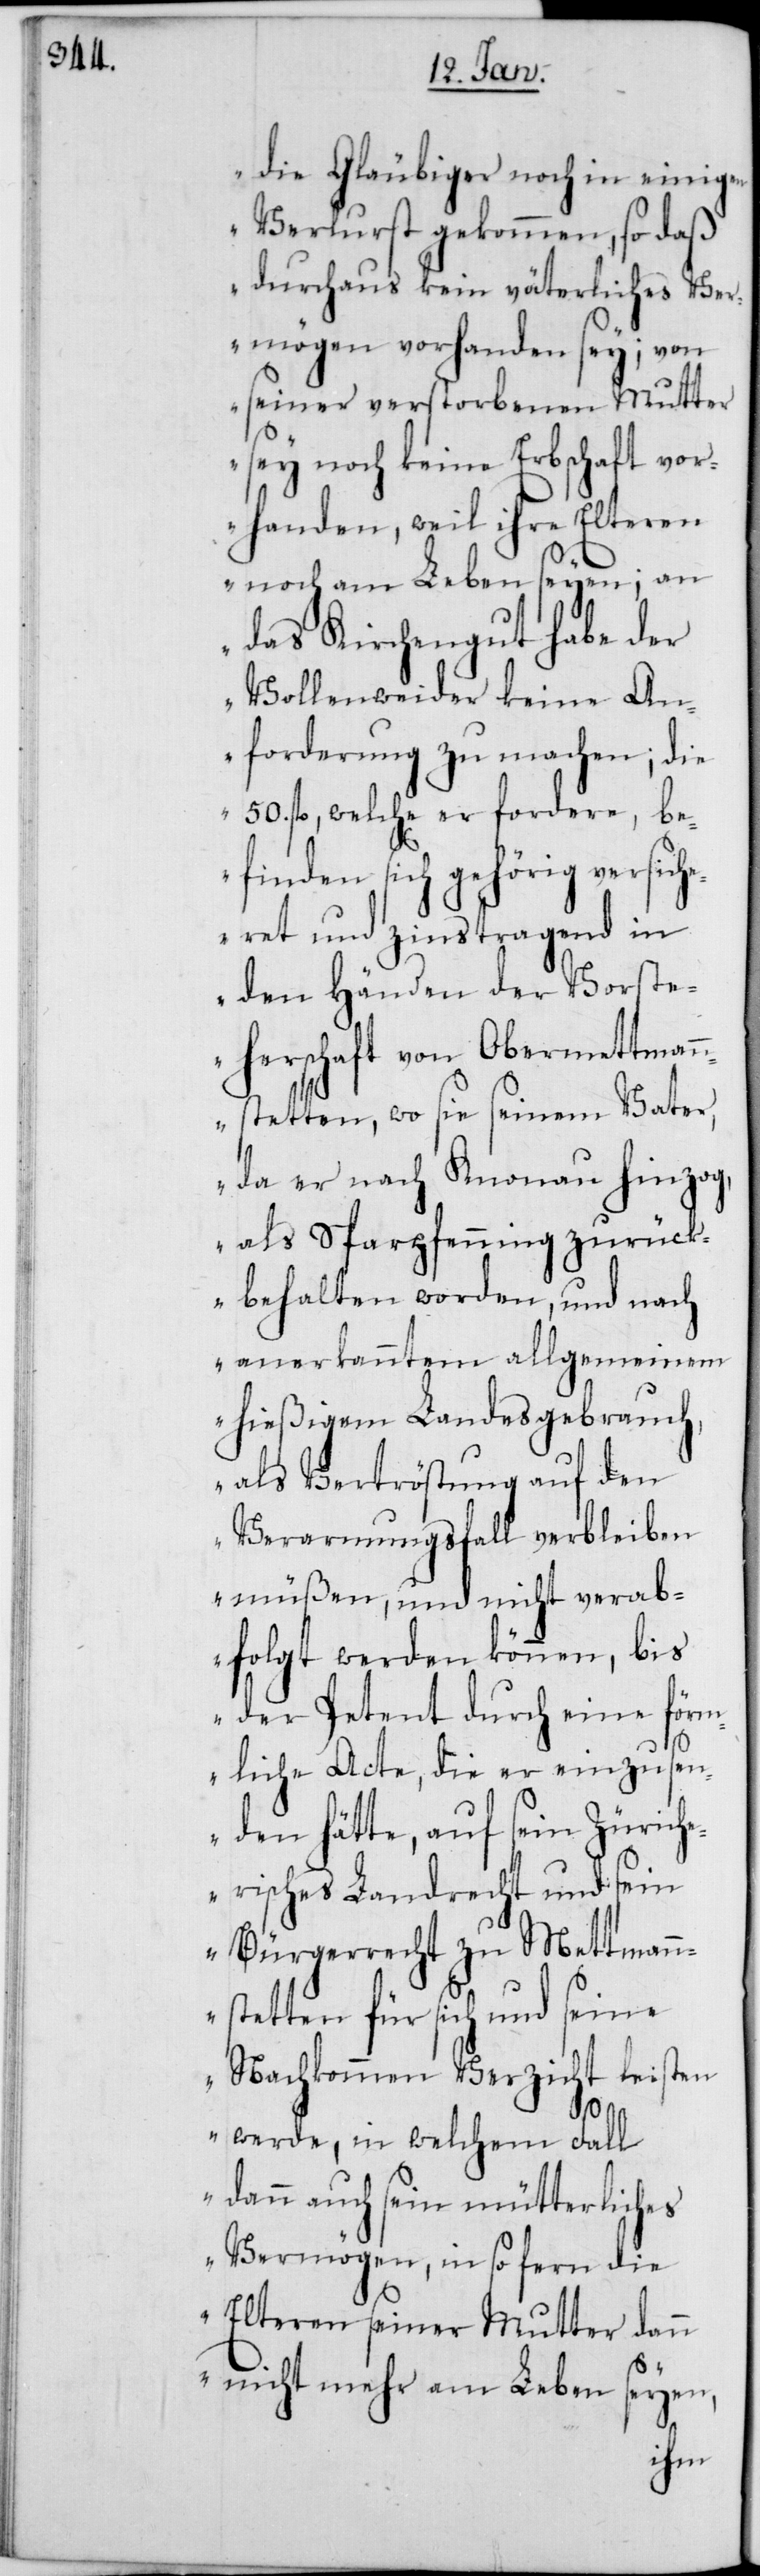
die Gläubiger noch in einigen
Verlust gekommen, so daß
durchaus kein väterliches Ver¬
mögen vorhanden sey; von
seiner verstorbenen Mutter
sey noch keine Erbschaft vor¬
handen, weil ihre Elteren
noch am Leben seyen; an
das Kirchengut habe der
Vollenweider keine An¬
forderung zu machen; die
50. fl., welche er fordere, be¬
finden sich gehörig versich¬
eret und zinstragend in
den Händen der Vorste¬
herschaft von Obermetteman¬
nstetten, wo sie seinem Vater,
da er nach Knonau hinzog,
als Sparpfenning zurück¬
behalten worden, und nach
anerkanntem allgemeinem
hießigem Landesgebrauch,
als Vertröstung auf den
Verarmungsfall verbleiben
müßen, und nicht verab¬
folgt werden können, bis
der Petent durch eine förm¬
liche Acte, die er einzusen¬
den hätte, auf sein Zürich¬
erisches Landrecht und sein
Bürgerrecht zu Mettmann¬
stetten für sich und seine
Nachkommen Verzicht leisten
werde, in welchem Fall
dann auch sein mütterliches
Vermögen, in so fern die
Elteren seiner Mutter dann
nicht mehr am Leben seyen,